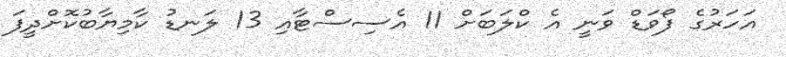
އަހަރުގެ ފޯވަޑް ވަނީ އެ ކްލަބަށް 11 އެސިސްޓާއި 13 ލަނޑު ކާމިޔާބުކޮށްދީފަ